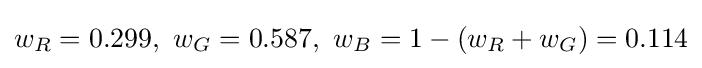
w_{R}=0.299,\ w_{G}=0.587,\ w_{B}=1-(w_{R}+w_{G})=0.114